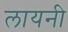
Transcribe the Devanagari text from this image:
लायनी